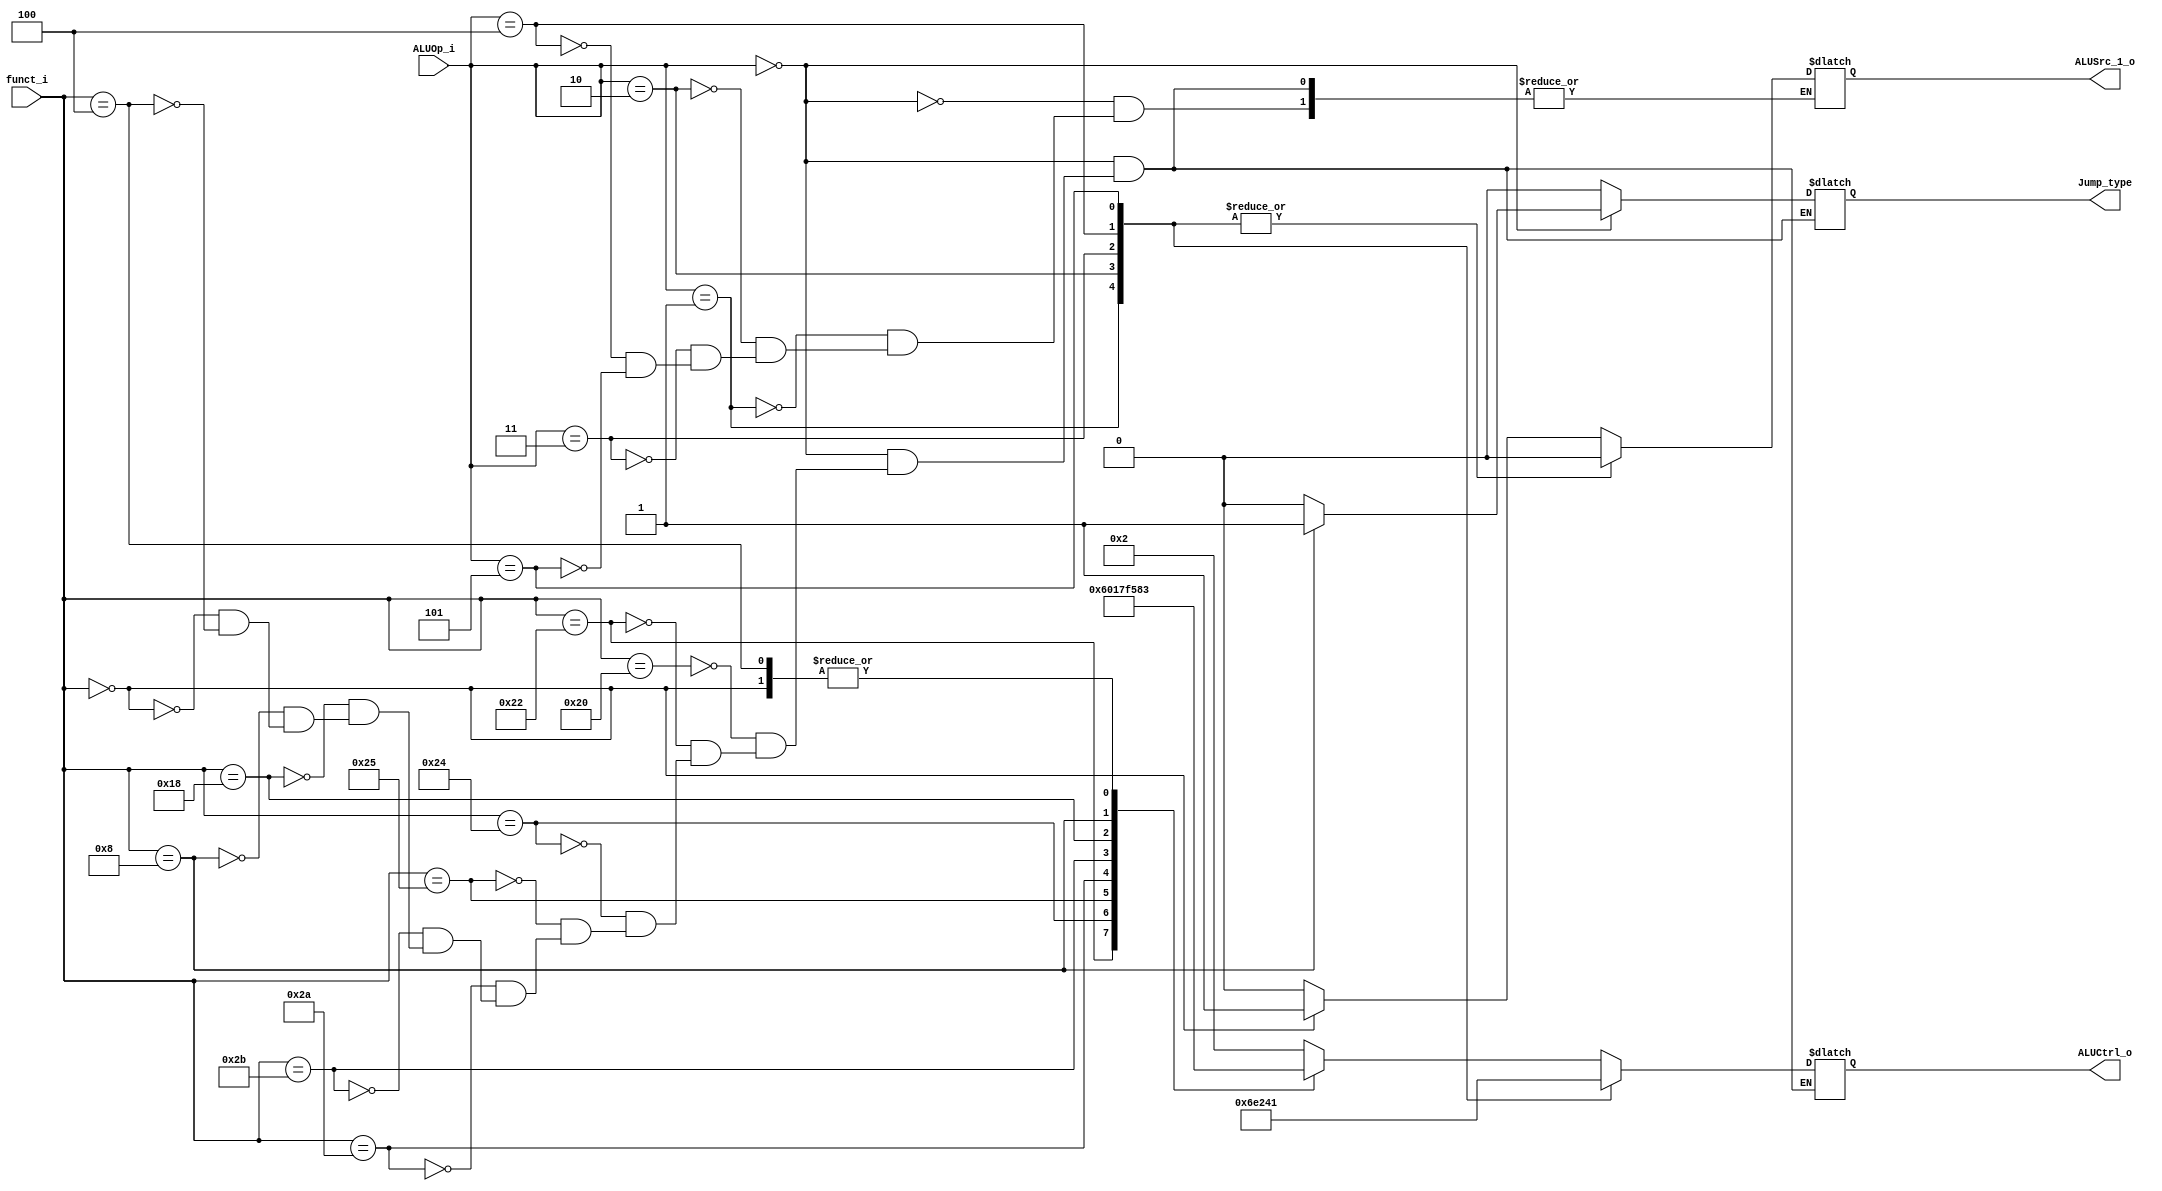
//Subject:     CO project 2 - ALU Controller
//--------------------------------------------------------------------------------
//Version:     1
//--------------------------------------------------------------------------------
//Writer:04163150416005
//----------------------------------------------
//Date:
//----------------------------------------------
//Description:
//--------------------------------------------------------------------------------

module ALU_Ctrl(
          funct_i,
          ALUOp_i,
          ALUCtrl_o,
		  ALUSrc_1_o,
		  Jump_type
          );

//I/O ports
input      [6-1:0] funct_i;
input      [3-1:0] ALUOp_i;

output     [4-1:0] ALUCtrl_o;
output ALUSrc_1_o;
output Jump_type;
//Internal Signals
reg        [4-1:0] ALUCtrl_o;
reg ALUSrc_1_o;
reg Jump_type;
//Parameter
/*ALU_op_o signal corresponding to What kind of operation
---------------------------------
ALU_op_o,set of operation      -
   000  ,   R-type             -
   001  ,   BEQ,BLT,BLE        -
   010  ,   BNE,BNEZ           -
   011  ,   Addi,lw,sw         -
   100  ,   LUI                -
   101  ,   ORI                -
   110  ,   LI                 -//Need confirmation
   111  ,   Don't care use     -
---------------------------------
*/
/*ALUCtrl_o signal corresponding to What kind of operation
---------------------------------
ALUCtrl_o,operation             -
   0000  ,   AND                -
   0001  ,   OR                 -
   0010  ,   ADD,LW,SW          -
   0011  ,   Shift_Left         -
   0100  ,   LUI                -
   0101  ,   MUL                -
   0110  ,   SUB,BEQ,BLE,BLT    -
   0111  ,   SLT                -
   1000  ,   JR                 -
   1001  ,   N/A                -
   1010  ,   N/A                -
   1011  ,   N/A                -
   1100  ,   N/A                -
   1101  ,   N/A                -
   1110  ,   BNE,BNEZ           -
   1111  ,   SLTU               -
---------------------------------
*/
//Select exact operations
always @ ( * ) begin
	case(ALUOp_i)
		3'b000://R-type structure instruction
			begin
				case(funct_i)
					6'd32: {ALUSrc_1_o,ALUCtrl_o,Jump_type}=6'b000100;//Addition
					6'd34: {ALUSrc_1_o,ALUCtrl_o,Jump_type}=6'b001100;//Subtraction
					6'd36: {ALUSrc_1_o,ALUCtrl_o,Jump_type}=6'b000000;//AND
					6'd37: {ALUSrc_1_o,ALUCtrl_o,Jump_type}=6'b000010;//OR
					6'd42: {ALUSrc_1_o,ALUCtrl_o,Jump_type}=6'b001110;//SLT
					6'd43: {ALUSrc_1_o,ALUCtrl_o,Jump_type}=6'b011110; //SLTU
					6'd24: {ALUSrc_1_o,ALUCtrl_o,Jump_type}=6'b001010;//MUL
					6'd8: {ALUSrc_1_o,ALUCtrl_o,Jump_type}=6'b010001;//JR
					6'd0: {ALUSrc_1_o,ALUCtrl_o,Jump_type}=6'b100110;//SLL
					6'd4: {ALUSrc_1_o,ALUCtrl_o,Jump_type}=6'b000110;//SLLV
				endcase
			end
		3'b001://BEQ,BLT,BLE
			begin
				{ALUSrc_1_o,ALUCtrl_o,Jump_type} = 6'b001100;
			end
		3'b010://BNE,BNEZ
			begin
				{ALUSrc_1_o,ALUCtrl_o,Jump_type} = 6'b011100;
			end
		3'b011://Addi
			begin
				{ALUSrc_1_o,ALUCtrl_o,Jump_type} = 6'b000100;
			end
		3'b100://LI
			begin
				{ALUSrc_1_o,ALUCtrl_o,Jump_type} = 6'b001000;
			end
		3'b101://ORI
			begin
				{ALUSrc_1_o,ALUCtrl_o,Jump_type} = 6'b000010;
			end
		default:
			begin
				ALUCtrl_o = 1'b0;
				ALUCtrl_o=4'bxxxx;
				Jump_type = 1'b0;
			end
	endcase
end
endmodule